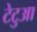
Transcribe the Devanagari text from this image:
टेटुआ